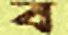
ব